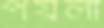
পয়লা